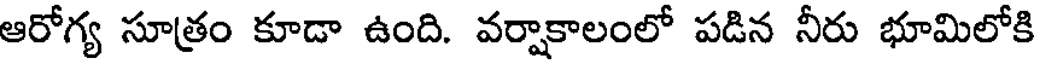
ఆరోగ్య సూత్రం కూడా ఉంది. వర్షాకాలంలో పడిన నీరు భూమిలోకి